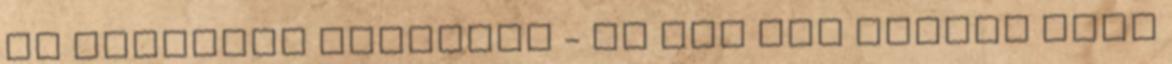
is állíthat dolgokat - Az már más kérdés hogy